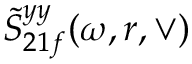
\tilde { S } _ { 2 1 f } ^ { y y } ( \omega , r , \vee )